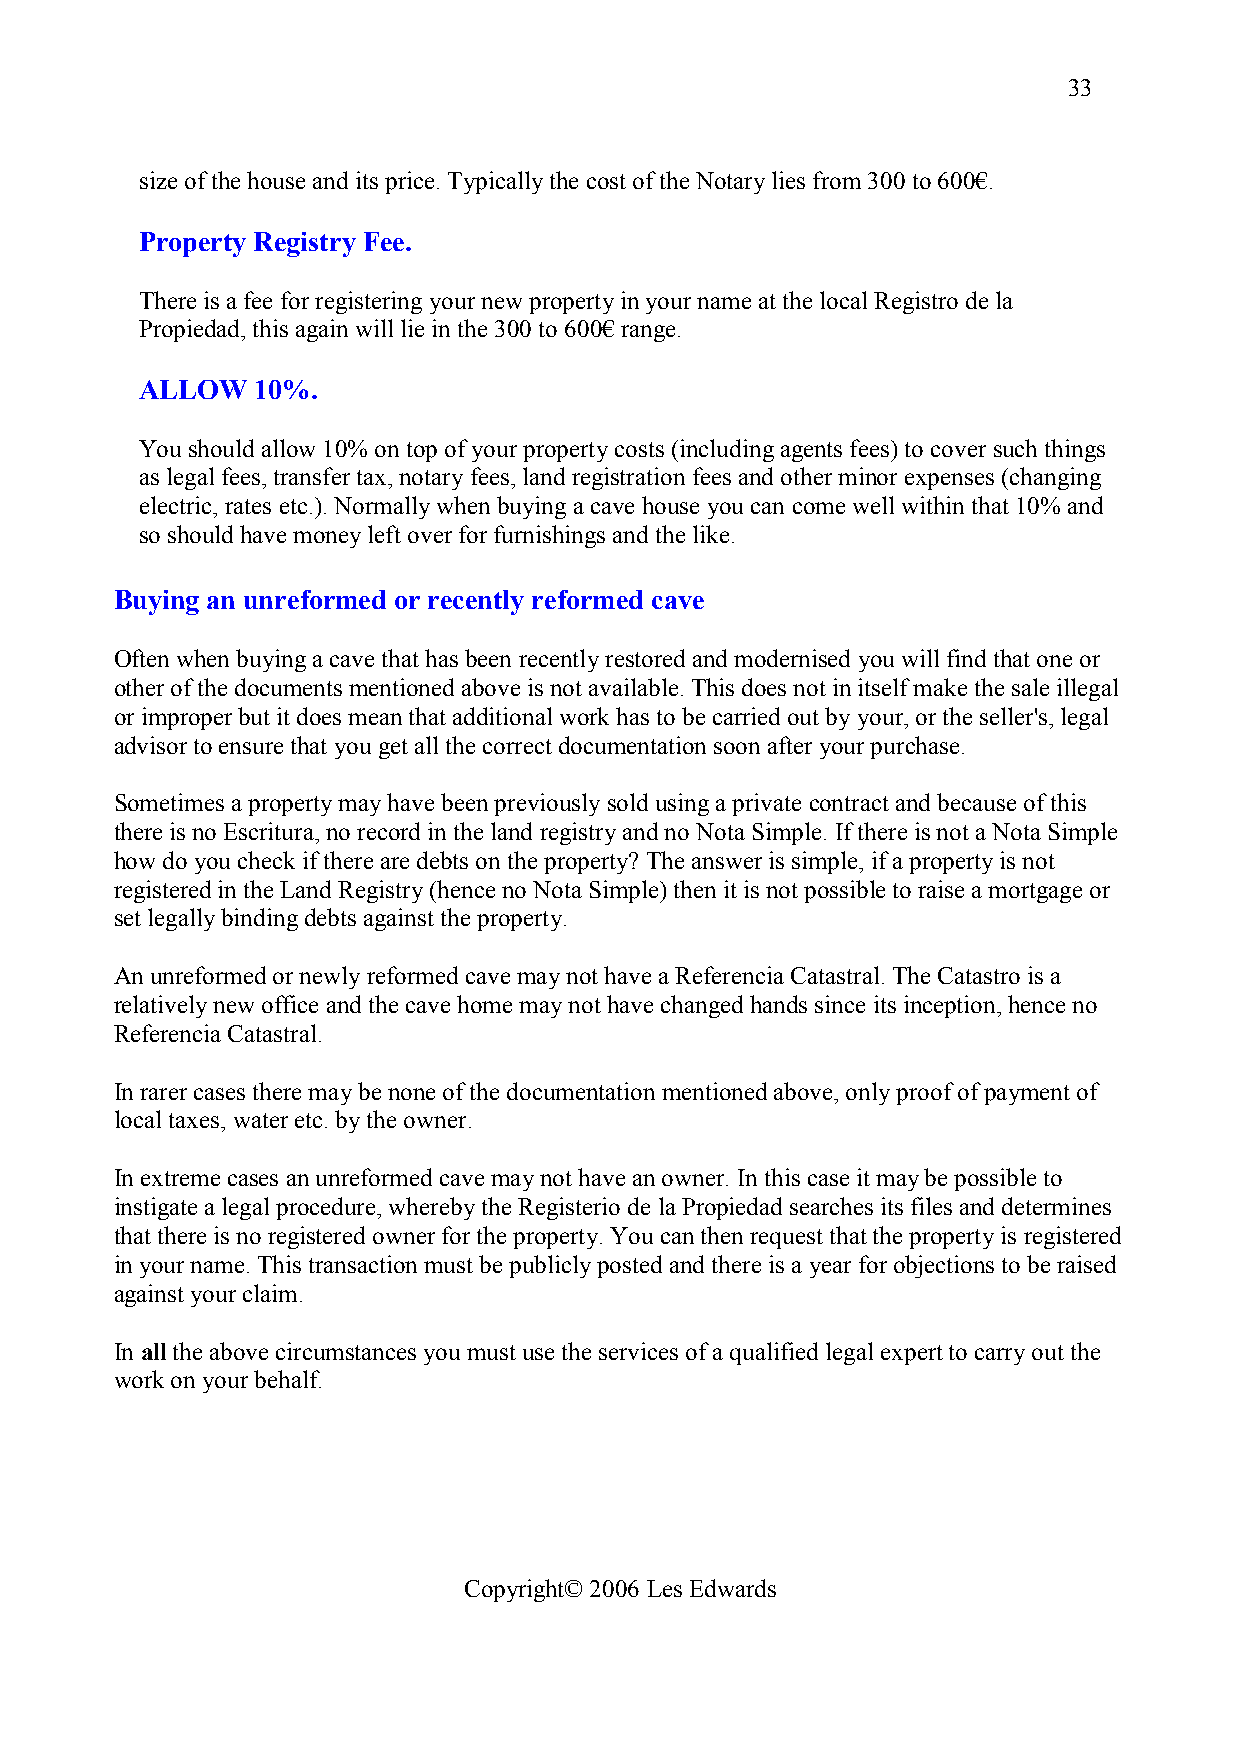
33
 size of the house and its price. Typically the cost of the Notary lies from 300 to 600€.
 Property Registry Fee.
 There is a fee for registering your new property in your name at the local Registro de la
 Propiedad, this again will lie in the 300 to 600€ range.
 ALLOW   10%.
 You should allow 10% on top of your property costs (including agents fees) to cover such things
 as legal fees, transfer tax, notary fees, land registration fees and other minor expenses (changing
 electric, rates etc.). Normally when buying a cave house you can come well within that 10% and
 so should have money left over for furnishings and the like.
 Buying an unreformed or recently reformed cave
 Often when buying a cave that has been recently restored and modernised you will find that one or
 other of the documents mentioned above is not available. This does not in itself make the sale illegal
 or improper but it does mean that additional work has to be carried out by your, or the seller's, legal
 advisor to ensure that you get all the correct documentation soon after your purchase.
 Sometimes a property may have been previously sold using a private contract and because of this
 there is no Escritura, no record in the land registry and no Nota Simple. If there is not a Nota Simple
 how do you check if there are debts on the property? The answer is simple, if a property is not
 registered in the Land Registry (hence no Nota Simple) then it is not possible to raise a mortgage or
 set legally binding debts against the property.
 An unreformed or newly reformed cave may not have a Referencia Catastral. The Catastro is a
 relatively new office and the cave home may not have changed hands since its inception, hence no
 Referencia Catastral.
 In rarer cases there may be none of the documentation mentioned above, only proof of payment of
 local taxes, water etc. by the owner.
 In extreme cases an unreformed cave may not have an owner. In this case it may be possible to
 instigate a legal procedure, whereby the Registerio de la Propiedad searches its files and determines
 that there is no registered owner for the property. You can then request that the property is registered
 in your name. This transaction must be publicly posted and there is a year for objections to be raised
 against your claim.
 In all the above circumstances you must use the services of a qualified legal expert to carry out the
 work on your behalf.
 Copyright© 2006 Les Edwards